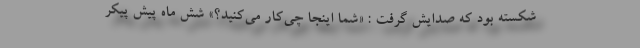
شکسته بود که صدایش گرفت : «شما اینجا چی‌کار می‌کنید؟» شش ماه پیش پیکر